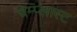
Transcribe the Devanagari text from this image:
चेम्प्लास्ट